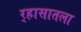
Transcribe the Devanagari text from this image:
र्‍हासातला